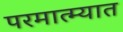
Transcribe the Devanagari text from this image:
परमात्म्यात